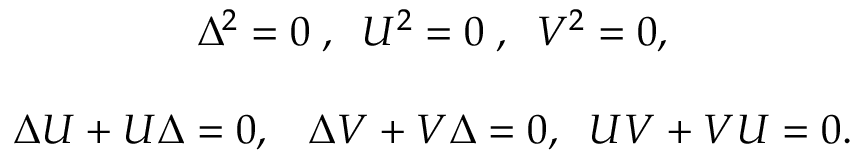
\begin{array} { c c } { { \Delta ^ { 2 } = 0 \; , \; \; U ^ { 2 } = 0 \; , \; \; V ^ { 2 } = 0 , } } & { { } } \\ { { } } & { { } } \\ { { \Delta U + U \Delta = 0 , \; \; \; \Delta V + V \Delta = 0 , \; \; U V + V U = 0 . } } & { { } } \end{array}